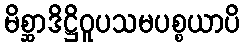
မိစ္ဆာဒိဋ္ဌိဝူပသမပစ္စယာပိ